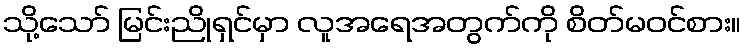
သို့သော် မြင်းညိုရှင်မှာ လူအရေအတွက်ကို စိတ်မဝင်စား။